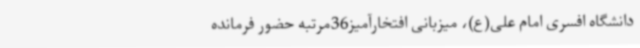
دانشگاه افسری امام علی(ع)، میزبانی افتخارآمیز36مرتبه حضور فرمانده